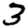
Digit: 3